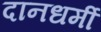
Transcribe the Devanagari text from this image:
दानधर्मी